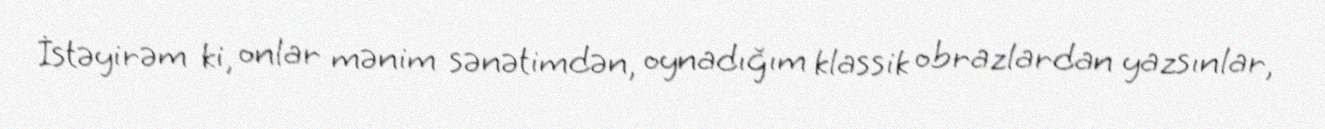
İstəyirəm ki, onlar mənim sənətimdən, oynadığım klassik obrazlardan yazsınlar,